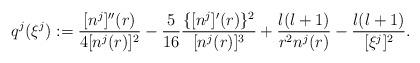
LaTeX: \begin{align*}q^j(\xi^j):=\frac{[n^j]''(r)}{4[n^j(r)]^2}-\frac{5}{16}\frac{\{[n^j]'(r)\}^2}{[n^j(r)]^3}+\frac{l(l+1)}{r^2n^j(r)}-\frac{l(l+1)}{[\xi^j]^2}.\end{align*}